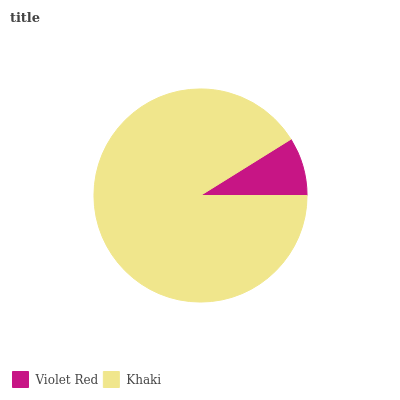
| Violet Red | Khaki |
 | --- | --- |
 | 8.86% | 91.1% |